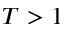
T > 1